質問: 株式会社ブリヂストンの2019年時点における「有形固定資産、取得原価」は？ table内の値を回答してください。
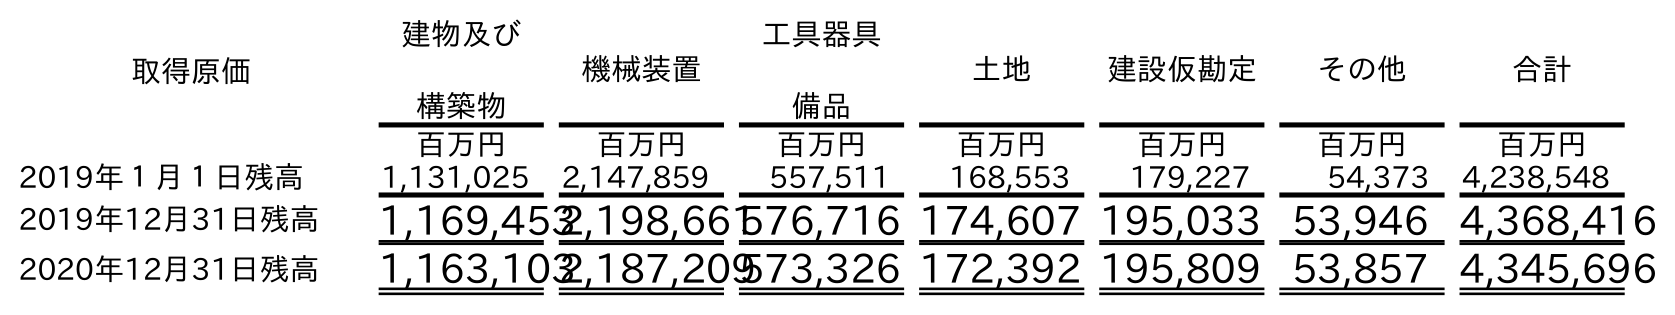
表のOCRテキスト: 取得原価 建物及び 構築物 機械装置 工具器具 備品 土地 建設仮勘定 その他 合計 百万円 百万円 百万円 百万円 百万円 百万円 百万円 2019年１月１日残高 1,131,025 2,147,859 557,511 168,553 179,227 54,373 4,238,548 2019年12月31日残高 1,169,4532,198,661576,716 174,607 195,033 53,946 4,368,416 2020年12月31日残高 1,163,1032,187,209573,326 172,392 195,809 53,857 4,345,696
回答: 4,368,416